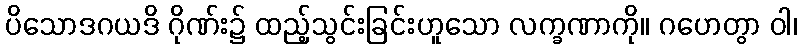
ပိသောဒဂယဒိ ဂိုဏ်း၌ ထည့်သွင်းခြင်းဟူသော လက္ခဏာကို။ ဂဟေတွာ ဝါ၊